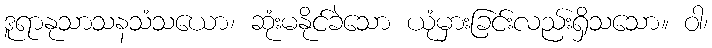
ဒူရာနုသာသနသံသယော၊ ဆုံးမနိုင်ခဲသော ယုံမှားခြင်းလည်းရှိသသော။ ဝါ၊